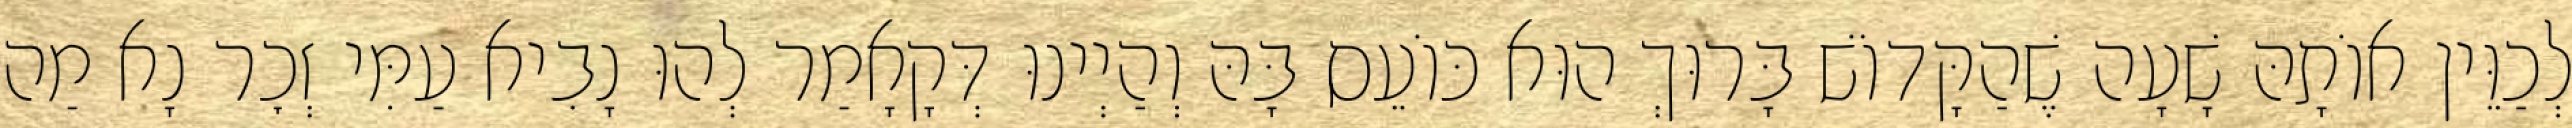
לְכַוֵּין אוֹתָהּ שָׁעָה שֶׁהַקָּדוֹשׁ בָּרוּךְ הוּא כּוֹעֵס בָּהּ וְהַיְינוּ דְּקָאָמַר לְהוּ נָבִיא עַמִּי זְכׇר נָא מַה